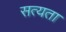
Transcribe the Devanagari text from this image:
सत्‍यता